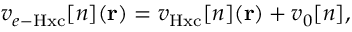
v _ { e - \mathrm { H x c } } [ n ] ( \mathbf { r } ) = v _ { \mathrm { H x c } } [ n ] ( \mathbf { r } ) + v _ { 0 } [ n ] ,